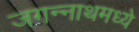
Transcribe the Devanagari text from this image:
जगन्‍नाथमध्ये